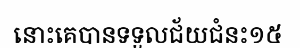
នោះគេបានទទួលជ័យជំនះ១៥